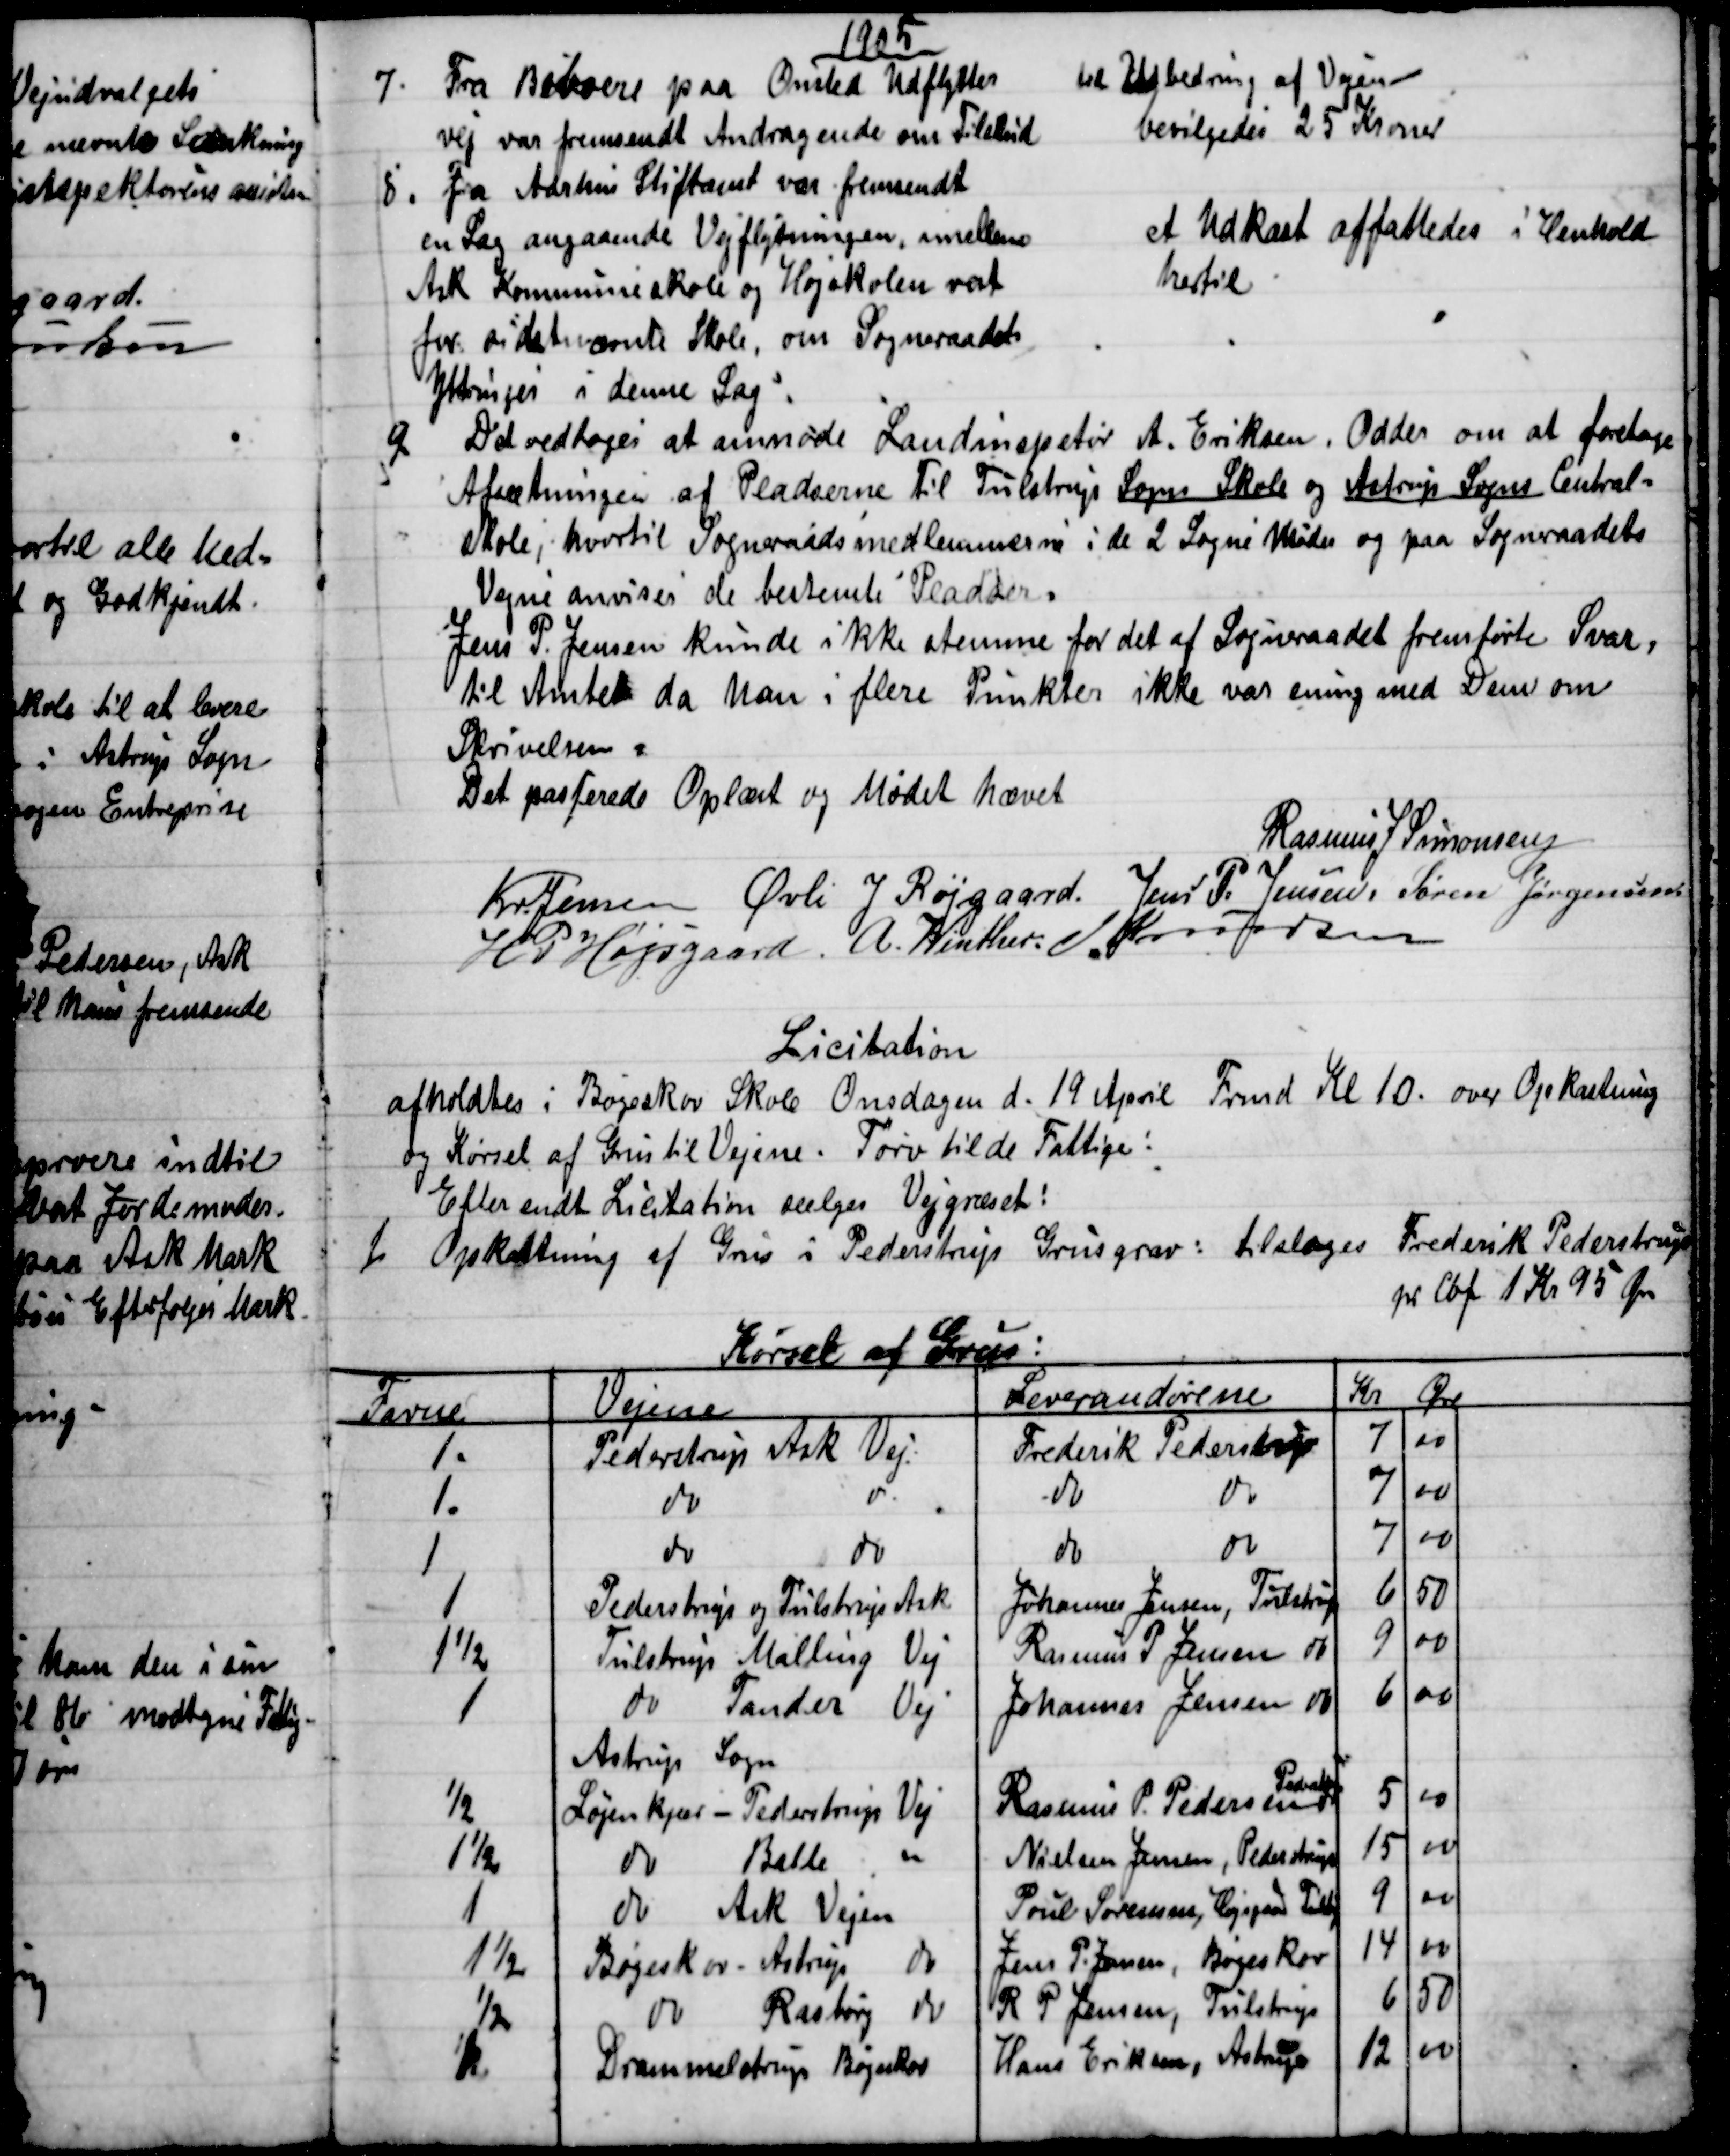
Transskription:
1905
7.
Fra Beboere paa Onsted Udflytter
vej var fremsendt Andragende om Tilskud
til Udbedring af Vejen
bevilgedes 25 Kroner
8. 
Fra Aarhus Stiftamt var fremsendt
en Sag angaaende Vejflytningen, imellem
Ask Kommuneskole og Højskolen vest
for sidstnævnte Skole, om Sogneraadets
Yttringer i denne Sag.
et Udkast affattedes i Henhold
hertil
9. 
Det vedtoges at anmode Landinspetør A. Eriksen, Odder om at foretage
Afsætningen af Pladserne til Tulstrup Sogns Skole og Astrup Sogns Central-
Skole, hvortil Sogneraadsmedlemmerne i de 2 Sogne Møder og paa Sogneraadets
Vejne anviser de bestemte Pladser.
Jens P. Jensen kunde ikke stemme for det af Sogneraadet fremførte Svar,
til Amtet da han i flere Punkter ikke var ening med Dem om
Skrivelsen.
Det passerede Oplæst og Mødet hævet
Rasmus J Simonsen
Kr. Jensen Øvli J Røjgaard. Jens P. Jensen. Søren Jørgensen
H P Højsgaard. A. Winther. J Knudsen
Licitation
afholdtes i Bøgeskov Skole Onsdagen d. 19 April Frmd Kl 10. over Opkastning
og Kørsel af Grus til Vejene. Tørv til de Fattige:
Eller endt Licitation sælges Vejgræset:
1)
Opkastning af Grus i Pederstrup Grusgrav: tilsloges Frederik Pederstrup
pr Cbf 1 Kr 95 Øre
Kørsel af Grus:
Favne
Vejene
Leverandørene
Kr
Øre
1.
Pederstrup Ask Vej
Frederik Pederstrup
7
00
1.
do
do
do
do
7
00
1
do
do
do
do
7
00
1
Pederstrup og Tulstrup Ask
Johannes Jensen, Tulstrup
6
50
1½
Tulstrup Malling Vej
Rasmus P. Jensen do
9
00
1
do Tander Vej
Johannes Jensen do
6
00
Astrup Sogn
½
Løjenkjær - Pederstrup Vej
Rasmus P. Pedersen 
Pederstrup
5
00
1½
do
Balle 
Nielsen Jensen, Pederstrup
15
00
1
do Ask Vejen
Poul Sørensen, Højsgaard Tulstp
9
00
1½
Bøgeskov- Astrup
do
Jens P. Jensen, Bøgeskov
14
00
½
do 
Rasborg 
do
R. P. Jensen, Tulstrup
6
50
1
Drammelstrup Bøgeskov
Hans Eriksen, Astrup
12
00